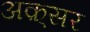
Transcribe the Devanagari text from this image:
अक़्सर